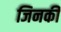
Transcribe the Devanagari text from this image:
जिनकीं